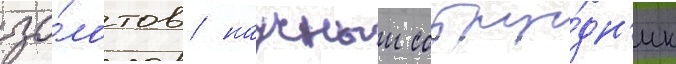
зо́лотов / научныи сотру́дн'ик